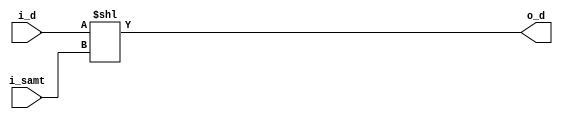
// *!***************************************************************************
// *! Copyright 2019 International Business Machines
// *!
// *! Licensed under the Apache License, Version 2.0 (the "License");
// *! you may not use this file except in compliance with the License.
// *! You may obtain a copy of the License at
// *! http://www.apache.org/licenses/LICENSE-2.0 
// *!
// *! The patent license granted to you in Section 3 of the License, as applied
// *! to the "Work," hereby includes implementations of the Work in physical form. 
// *!
// *! Unless required by applicable law or agreed to in writing, the reference design
// *! distributed under the License is distributed on an "AS IS" BASIS,
// *! WITHOUT WARRANTIES OR CONDITIONS OF ANY KIND, either express or implied.
// *! See the License for the specific language governing permissions and
// *! limitations under the License.
// *!***************************************************************************
module base_shift_left#
  (parameter width=1,
   parameter swidth=$clog2(width)
   )
   (input [0:swidth-1] i_samt,
    input [0:width-1] i_d,
    output [0:width-1] o_d
    );
   
   assign o_d = i_d << i_samt;

endmodule // base_shift